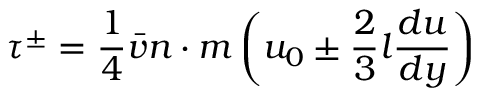
\quad \tau ^ { \pm } = { \frac { 1 } { 4 } } { \bar { v } } n \cdot m \left( u _ { 0 } \pm { \frac { 2 } { 3 } } l { \frac { d u } { d y } } \right)